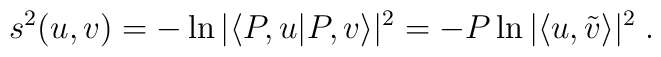
s^{2}(u,v)=-\ln|\langle P,u|P,v\rangle|^{2}=-P\ln|\langle u,\tilde{v}\rangle|^{2}\;.